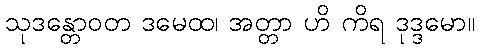
သုဒန္တောဝတ ဒမေထ၊ အတ္တာ ဟိ ကိရ ဒုဒ္ဒမော။